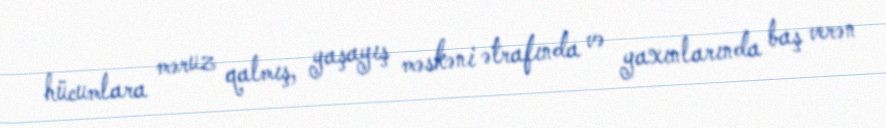
hücumlara məruz qalmış, yaşayış məskəni ətrafında və yaxınlarında baş verən